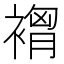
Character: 𮖣